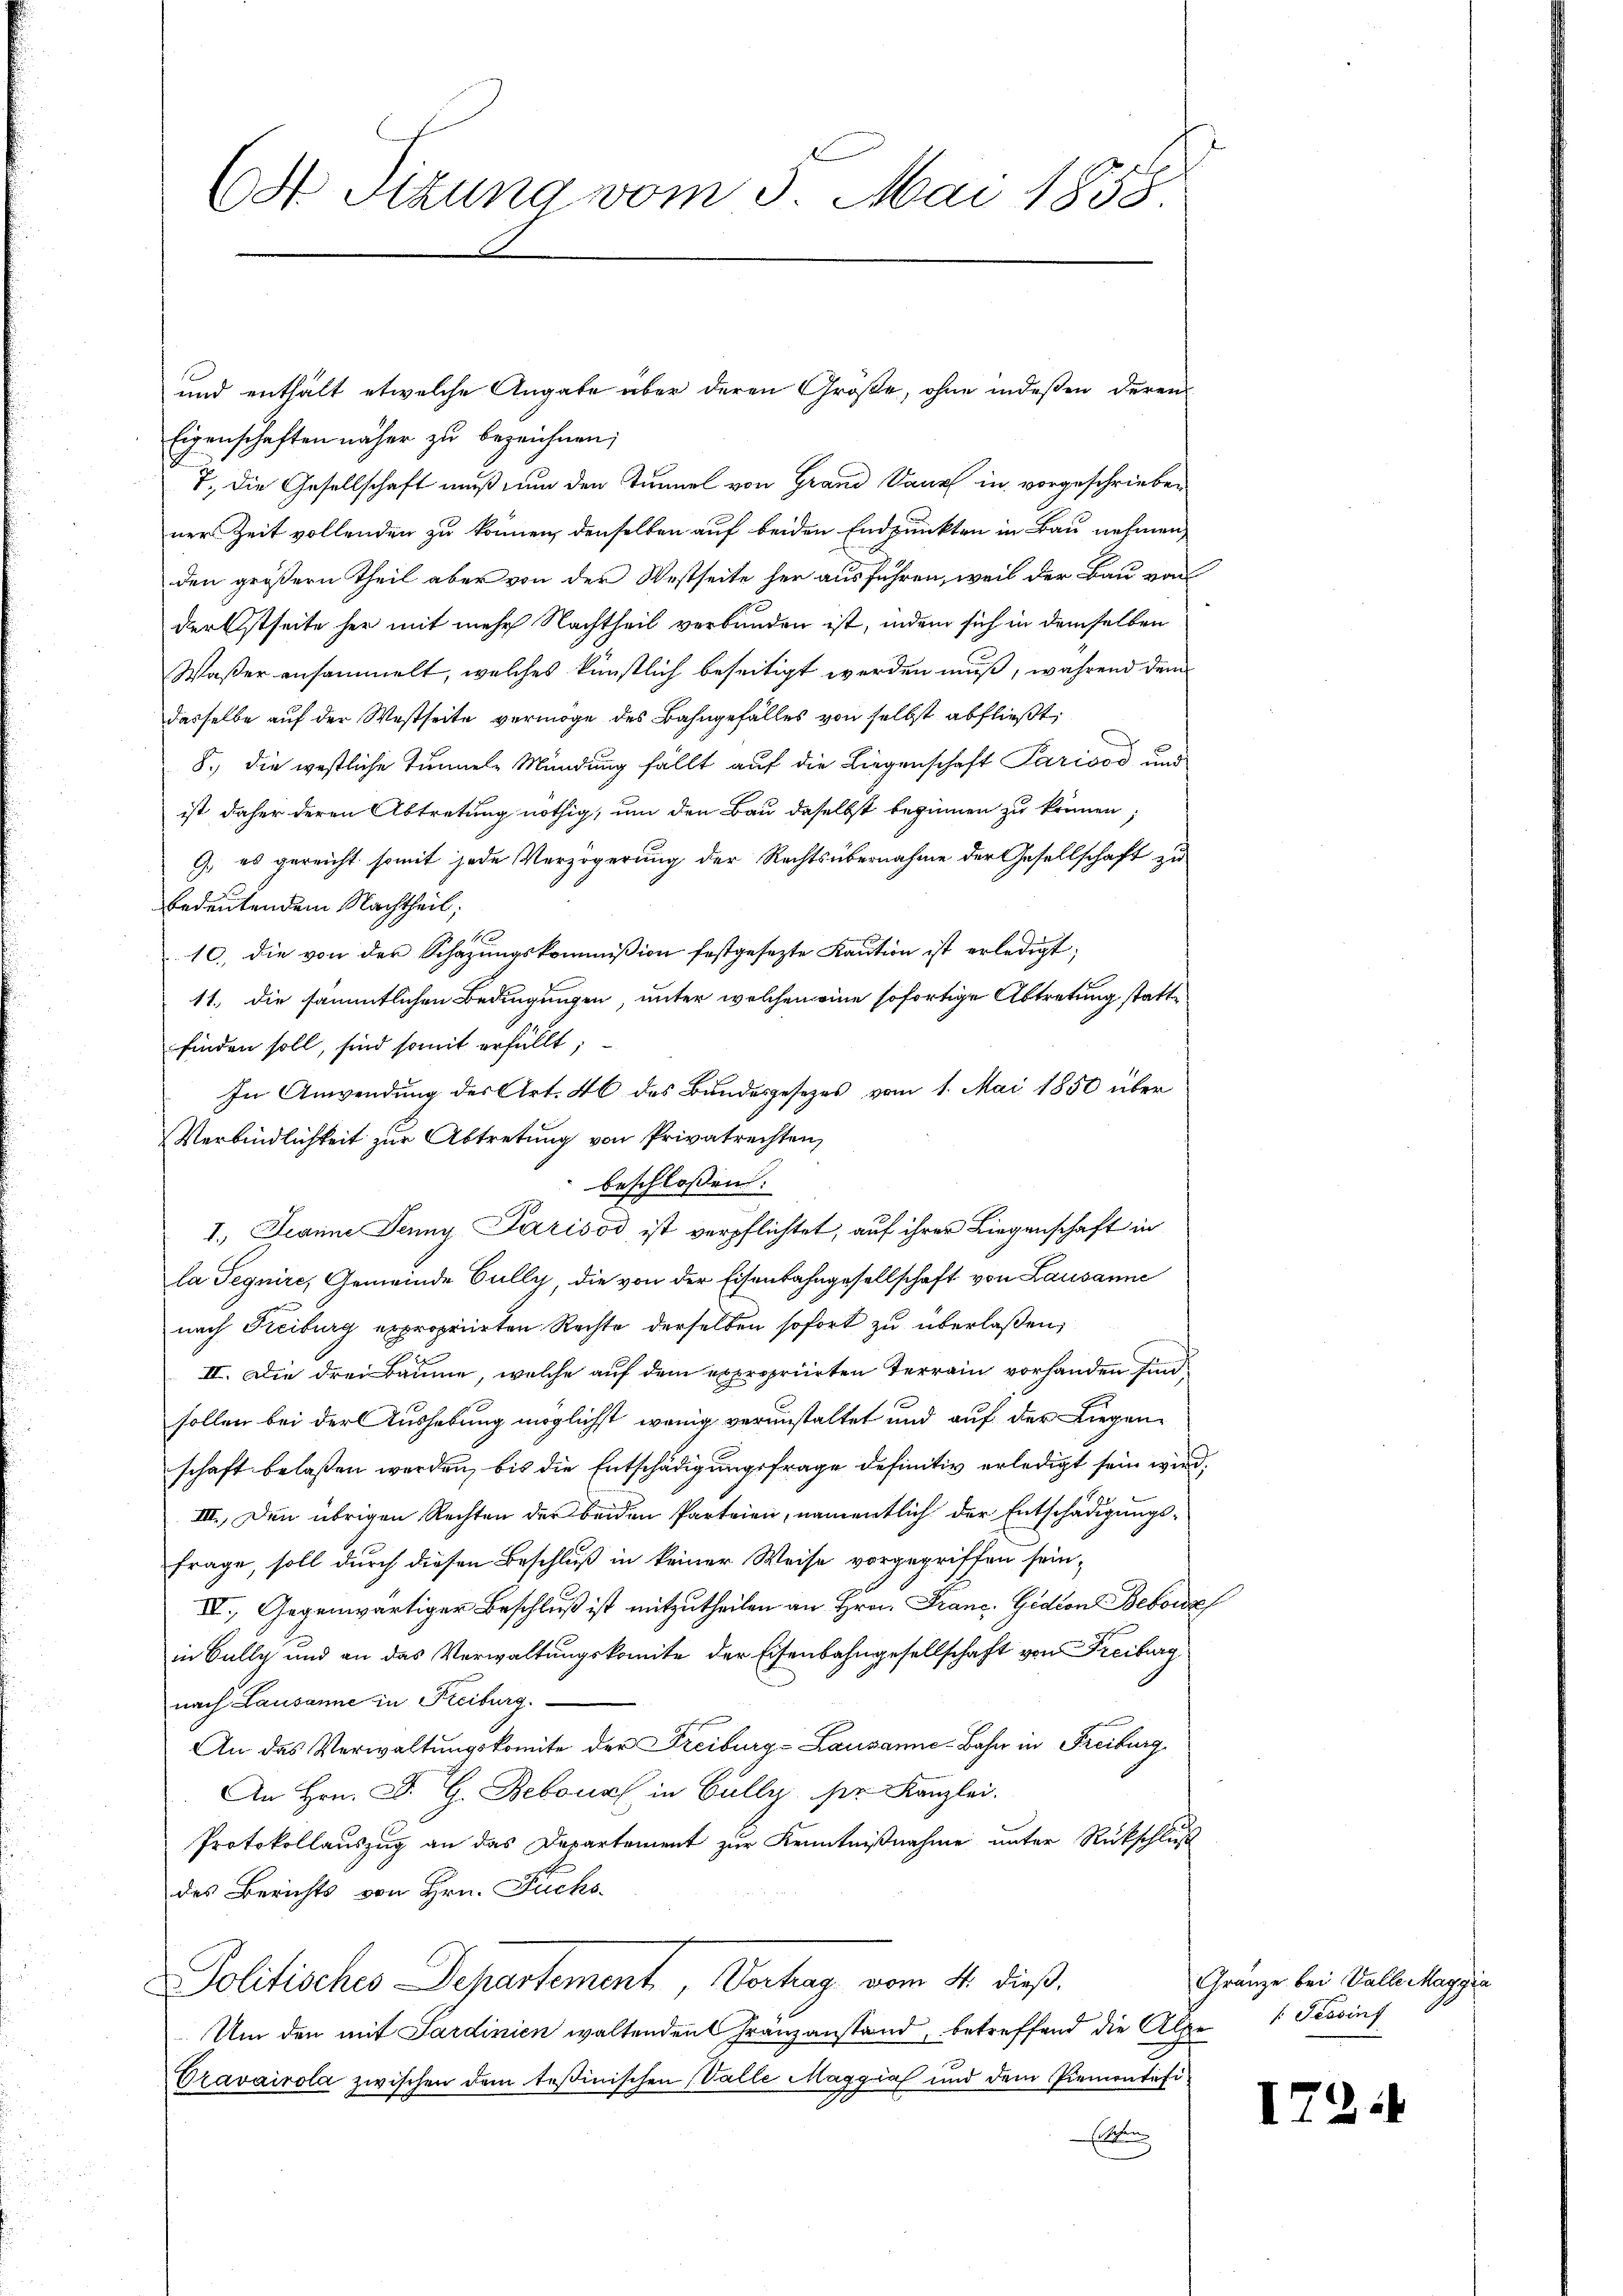
(odr Sitzung vom 3. Mai 1858

Eigenschaften näher zu bezeichnen;
7. Die Gesellschaft muß nun den Tunnel von Grand auch in vorgeschrieben
ner Zeit vollenden zu können, denselben auf beiden Endpunkten in Bau nehmen,
den größern Theil aber von der Westseite her ausführen, weil der Bau von
derEstseite her mit mehr Nachtheil verbunden ist, indem sich in demselben
Wasser ansammelt, welches künstlich beseitigt werden muß, während dem
dasselbe auf der Westseite vermöge des Bahngefälles von selbst abfließt,
8. die westliche Tunnele Mündung fällt auf die Liegenschaft Parisos und
ist daher deren Abtretung nöthig, um den Bau daselbst beginnen zu können;
G. es gereicht somit jede Verzögerung der Rechtsübernahme der Gesellschaft zu
bedeutendem Nachtheil,
10. die von der Schazungskommißion festgesezte Kaution ist erledigt;
11. die sämmtlichen Bedingungen, unter welchen eine sofortige Abtretung stattfinden soll, sind somit erfüllt;
In Anwendung des Art. 46 des Bundesgesetzes vom 1. Mai 1850 über
Verbindlichkeit zŭr Abtretung von Privatrechten,
beschlossen:
I. Jeanne Jenny Parisod ist verpflichtet, auf ihrer Liegenschaft in
la Teguire, Gemeinde Gully, die von der Eisenbahngesellschaft von Lausanne
nach Freiburg expropriirten Rechte derselben sofort zu überlaßen,
II. Die drei Bäume, welche auf dem expropriirten Terrain vorhanden sind
sollen bei der Aushebung möglichst wenig veranstaltet und auf der Liegen-
schaft belaßen werden, bis die Entschädigungsfrage definitiv erledigt sein wird,
III. Den übrigen Rechten der beiden Parteien, namentlich der Entschädigungsfrage, soll durch diesen Beschluß in keiner Weise vorgegriffen sein,
IV., Gegenwärtiger Beschluß ist mitzutheilen an Hrn. Franz Gidion Bebore
in Bally und an das Verwaltungskomite der Eisenbahngesellschaft von Freiburg
nach Lausanne in Freiburg.
An das Verwaltungskomite der Freiburg-Lausanne-Bahn in Freiburg
An Hrn. F. G. Bebours in Bully ser Kanzlei.
Protokollauszug an das Departement zur Kenntnißnahme unter Rückschluß
des Berichts von Hrn. Fuchs-
Politisches Departement, Vortrag vom 4. dieß,
Um den mit Sardinien waltenden Franzanstand, betreffend die Alpe
Vravairola zwischen dem Teßinischen (Valle Maggia und dem Piemontafi-
Eliten

und enthält etwelche Angabe aber deren Größe, ohne indeßen deren

Gränze bei Valle Maggia
s Tessinf

1724